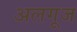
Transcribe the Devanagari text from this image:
अलगूज